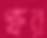
গ্রুর